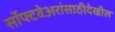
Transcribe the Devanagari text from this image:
सॉफ्टवेअरांसाठीदेखील